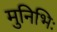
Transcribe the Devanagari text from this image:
मुनिभिः